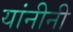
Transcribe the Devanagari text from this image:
यांनीनी